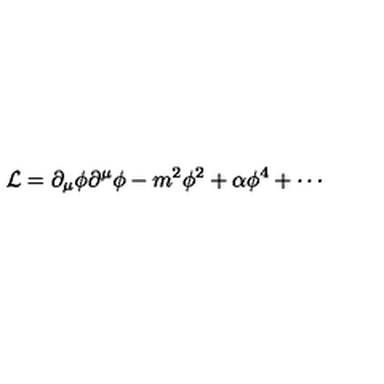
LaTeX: \mathcal { L } = \partial _ { \mu } \phi \partial ^ { \mu } \phi - m ^ { 2 } \phi ^ { 2 } + \alpha \phi ^ { 4 } + \cdots